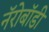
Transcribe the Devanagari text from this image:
नॅरोबॉडी